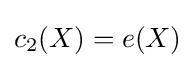
c_{2}(X)=e(X)